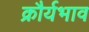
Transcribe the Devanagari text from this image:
क्रौर्यभाव